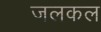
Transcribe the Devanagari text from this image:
जलकल